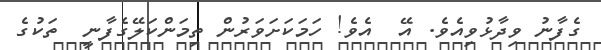
ގެފާނު ވިދާޅުވިއެވެ. އޭ  އެވެ! ހަމަކަށަވަރުން ތިމަންކަލޭގެފާނީ  ތަކުގެ